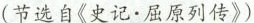
(节选自《史记·屈原列传》)